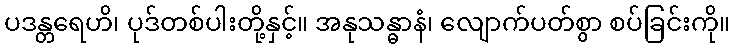
ပဒန္တရေဟိ၊ ပုဒ်တစ်ပါးတို့နှင့်။ အနုသန္ဓာနံ၊ လျောက်ပတ်စွာ စပ်ခြင်းကို။